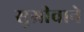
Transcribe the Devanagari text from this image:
सुग्रीवाने